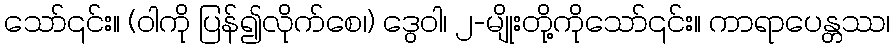
သော်၎င်း။ (ဝါကို ပြန်၍လိုက်စေ၊) ဒွေဝါ၊ ၂-မျိုးတို့ကိုသော်၎င်း။ ကာရာပေန္တဿ၊